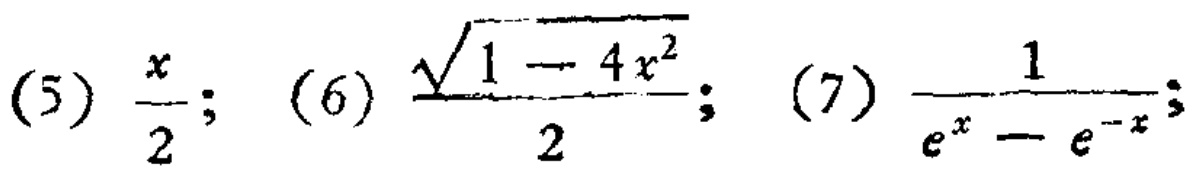
(5) \(\frac{x}{2}\); (6) \(\frac{\sqrt{1 - 4x^{2}}}{2}\); (7) \(\frac{1}{e^{x} - e^{-x}}\);